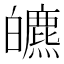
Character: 皫